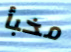
مخبأ